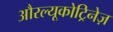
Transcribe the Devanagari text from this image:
औरल्यूकोट्रिनेज़